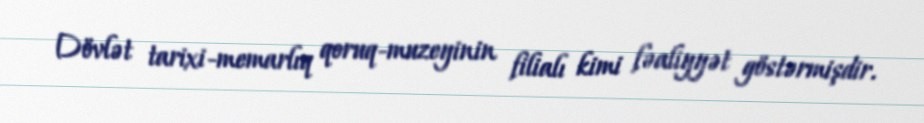
Dövlət tarixi-memarlıq qoruq-muzeyinin filialı kimi fəaliyyət göstərmişdir.